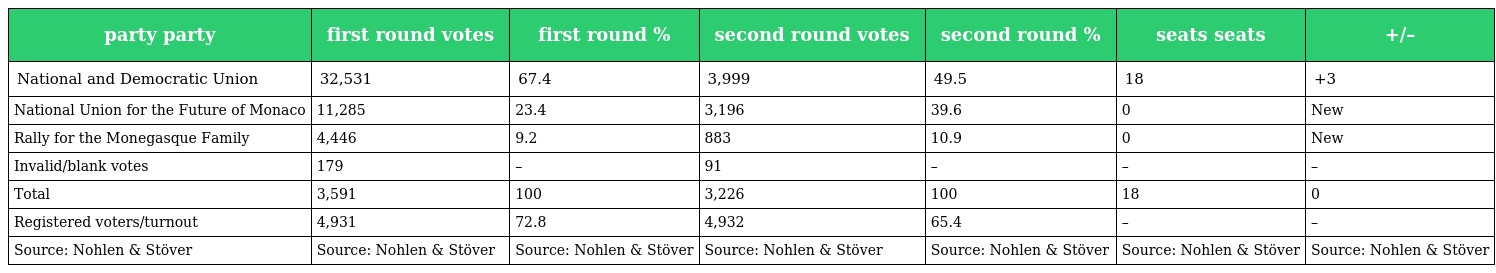
| party party | first round votes | first round % | second round votes | second round % | seats seats | +/– |
 | --- | --- | --- | --- | --- | --- | --- |
 | National and Democratic Union | 32,531 | 67.4 | 3,999 | 49.5 | 18 | +3 |
 | National Union for the Future of Monaco | 11,285 | 23.4 | 3,196 | 39.6 | 0 | New |
 | Rally for the Monegasque Family | 4,446 | 9.2 | 883 | 10.9 | 0 | New |
 | Invalid/blank votes | 179 | – | 91 | – | – | – |
 | Total | 3,591 | 100 | 3,226 | 100 | 18 | 0 |
 | Registered voters/turnout | 4,931 | 72.8 | 4,932 | 65.4 | – | – |
 | Source: Nohlen & Stöver | Source: Nohlen & Stöver | Source: Nohlen & Stöver | Source: Nohlen & Stöver | Source: Nohlen & Stöver | Source: Nohlen & Stöver | Source: Nohlen & Stöver |